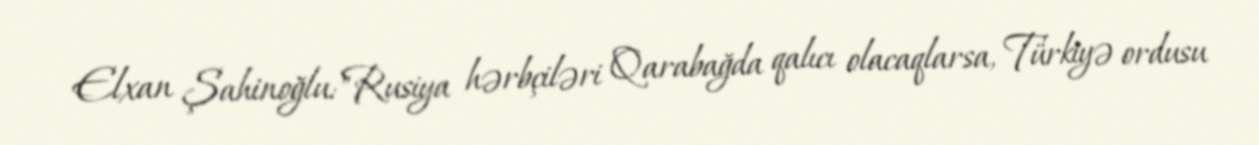
Elxan Şahinoğlu:"Rusiya hərbçiləri Qarabağda qalıcı olacaqlarsa, Türkiyə ordusu